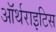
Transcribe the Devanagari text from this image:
ऑर्थराइटिस